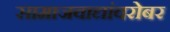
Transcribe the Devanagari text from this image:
सामाजवाद्यांवरोबर